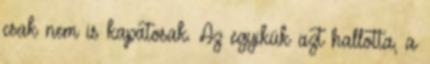
csak nem is kapatosak. Az egyikük azt hallotta, a